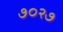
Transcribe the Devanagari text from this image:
७०२७